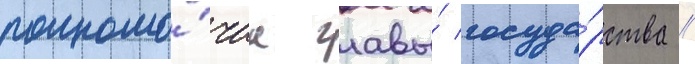
полномо́чиа главы́ госуда́рства //